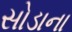
સોડાના